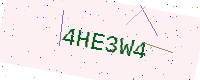
Text: 4HE3W4